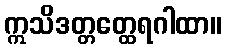
ဣသိဒတ္တတ္ထေရဂါထာ။